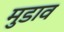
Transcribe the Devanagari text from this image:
मुडाव